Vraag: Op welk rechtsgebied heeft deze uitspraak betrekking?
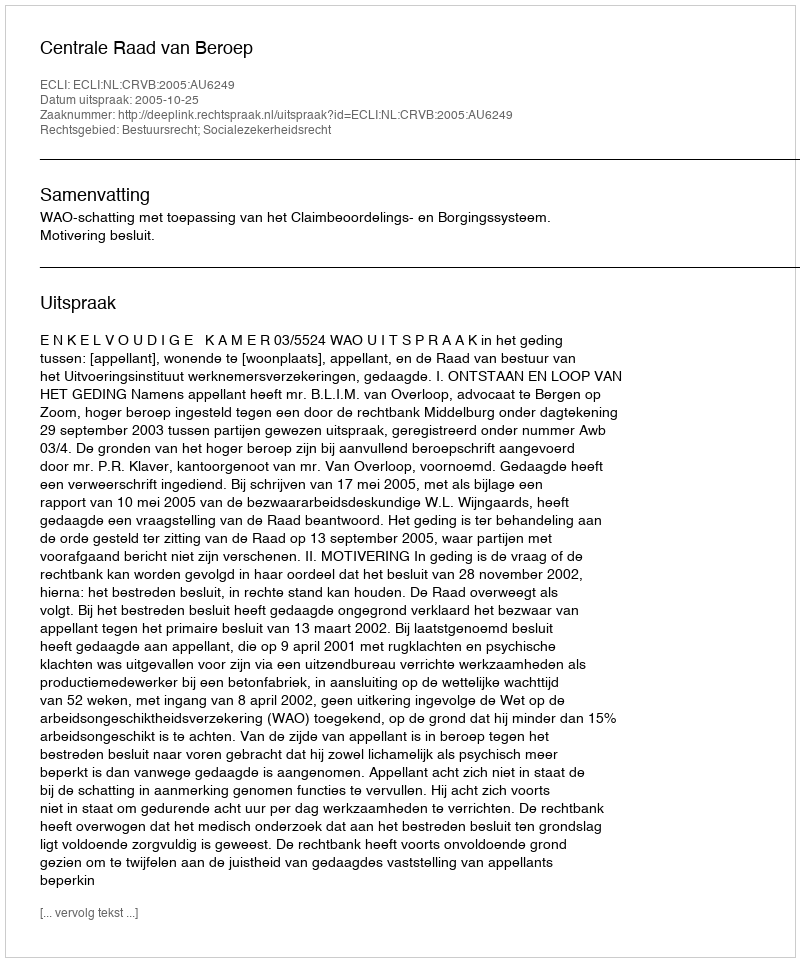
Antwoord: Bestuursrecht; Socialezekerheidsrecht